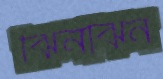
ঝিনঝিন